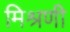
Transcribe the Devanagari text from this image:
मिश्रणी